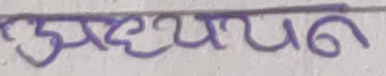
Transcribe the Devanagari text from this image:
उत्प्रेरण